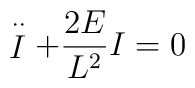
\stackrel{\cdot\cdot}{I}+\frac{2E}{L^2}I=0